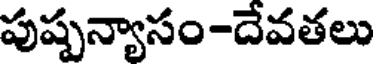
పుష్పన్యాసం-దేవతలు